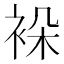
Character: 𬡖